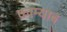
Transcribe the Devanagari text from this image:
काम्याब